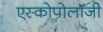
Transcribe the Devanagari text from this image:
एस्कोपोलॉजी